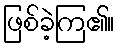
ဖြစ်ခဲ့ကြ၏။